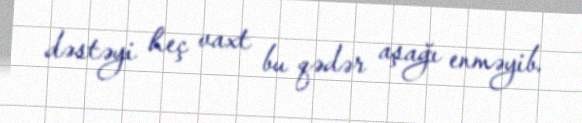
dəstəyi heç vaxt bu qədər aşağı enməyib.